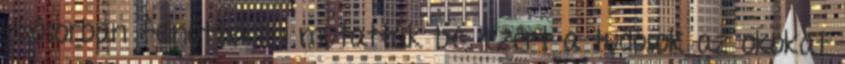
elsősorban felnőtteken mutatták be, ezért a tudósok az okokat